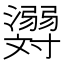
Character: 𬉪